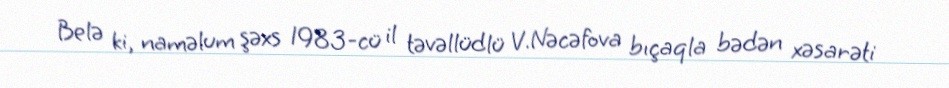
Belə ki, naməlum şəxs 1983-cü il təvəllüdlü V.Nəcəfova bıçaqla bədən xəsarəti